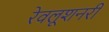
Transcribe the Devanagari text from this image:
रेवलूशनरी